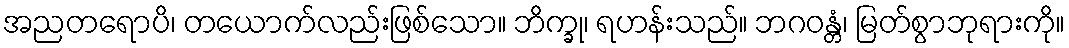
အညတရောပိ၊ တယောက်လည်းဖြစ်သော။ ဘိက္ခု၊ ရဟန်းသည်။ ဘဂဝန္တံ၊ မြတ်စွာဘုရားကို။